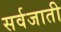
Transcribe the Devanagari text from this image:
सर्वजाती